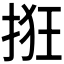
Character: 𫼺